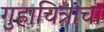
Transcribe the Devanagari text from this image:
गुहाचित्रांचा